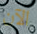
الآن